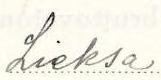
Lieksa